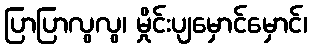
ပြာပြာလွလွ၊ မှိုင်းပျမှောင်မှောင်၊